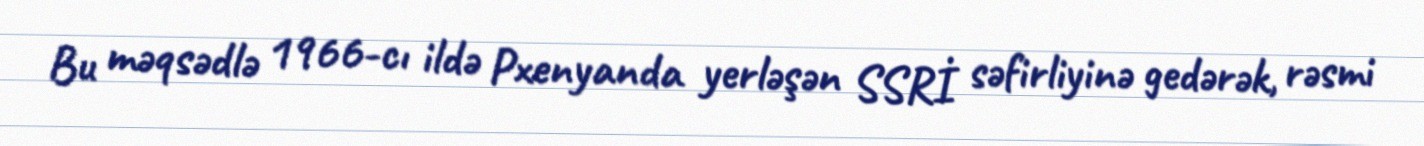
Bu məqsədlə 1966-cı ildə Pxenyanda yerləşən SSRİ səfirliyinə gedərək, rəsmi